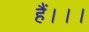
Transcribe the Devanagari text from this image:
हैं।।।